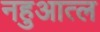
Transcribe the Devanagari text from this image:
नहुआत्ल